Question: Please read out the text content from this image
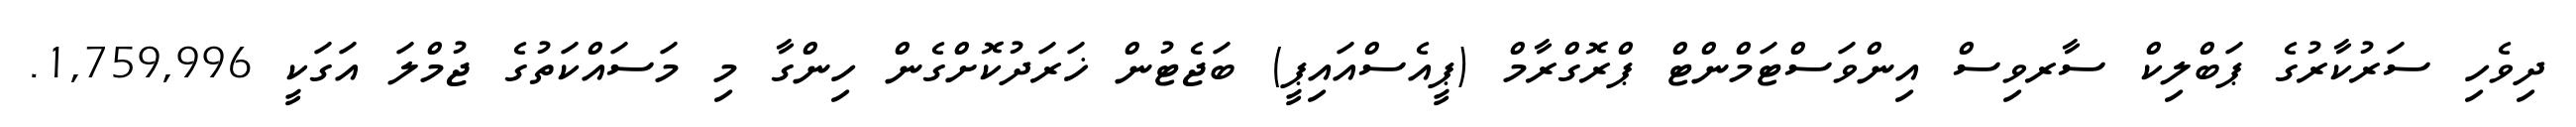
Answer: ދިވެހި ސަރުކާރުގެ ޕަބްލިކް ސާރވިސް އިންވަސްޓަމްންޓް ޕްރޮގްރާމް (ޕީއެސްއައިޕީ) ބަޖެޓުން ޚަރަދުކޮށްގެން ހިންގާ މި މަސައްކަތުގެ ޖުމްލަ އަގަކީ 1,759,996.